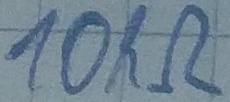
Text: 10kΩ